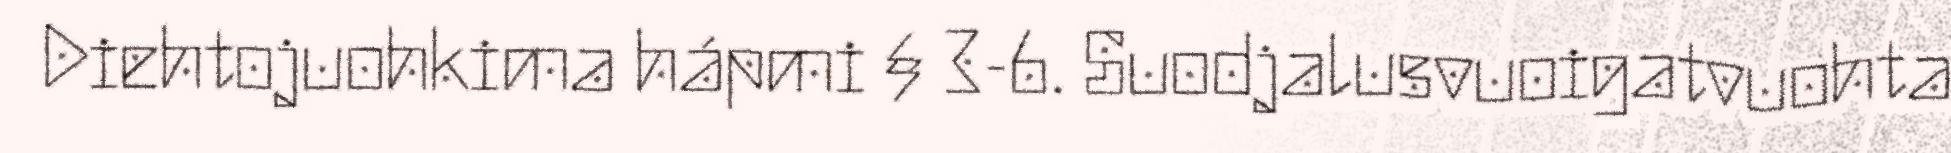
Diehtojuohkima hápmi § 3-6. Suodjalusvuoigatvuohta